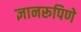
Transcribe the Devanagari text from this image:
ज्ञानरूपिणे